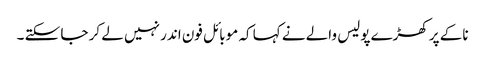
ناکے پر کھڑے پولیس والے نے کہا کہ موبائل فون اندر نہیں لے کر جا سکتے ۔